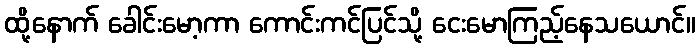
ထို့နောက် ခေါင်းမော့ကာ ကောင်းကင်ပြင်သို့ ငေးမောကြည့်နေသယောင်။